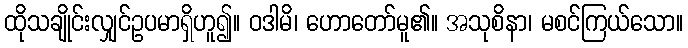
ထိုသချိုင်းလျှင်ဥပမာရှိဟူ၍။ ဝဒါမိ၊ ဟောတော်မူ၏။ အသုစိနာ၊ မစင်ကြယ်သော။